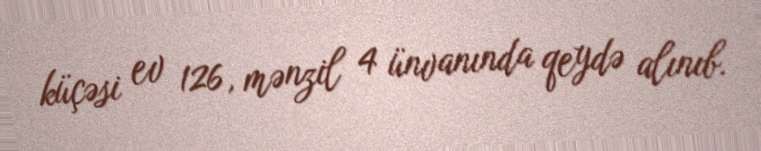
küçəsi ev 126, mənzil 4 ünvanında qeydə alınıb.